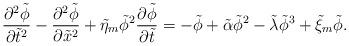
LaTeX: \begin{align*}\frac{\partial^2\tilde\phi}{\partial \tilde t^2}-\frac{\partial^2\tilde\phi}{\partial \tilde x^2}+\tilde\eta_m\tilde\phi^2\frac{\partial\tilde\phi}{\partial \tilde t}=-\tilde\phi+\tilde\alpha\tilde\phi^2-\tilde\lambda\tilde\phi^3+\tilde\xi_m\tilde\phi. \end{align*}